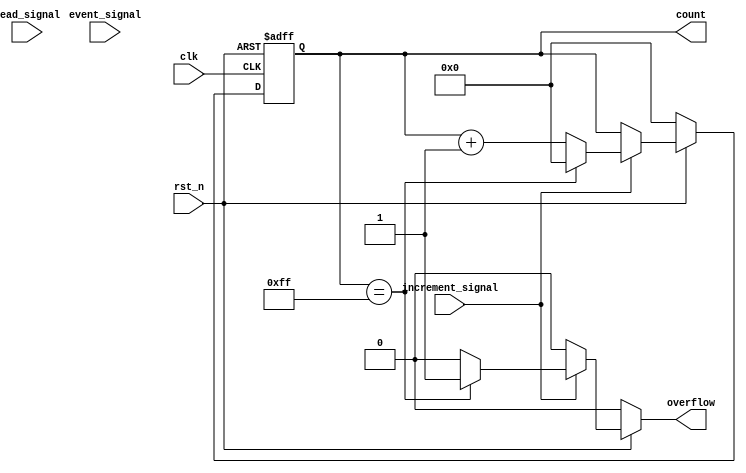
module event_counter #(
    parameter WIDTH = 8 // Parameter for count width
)(
    input wire clk,             // Clock signal
    input wire rst_n,           // Asynchronous active-low reset
    input wire event_signal,     // Event signal to trigger count increment
    input wire increment_signal, // Control signal to increment the count
    input wire read_signal,      // Control signal to read the count
    output reg [WIDTH-1:0] count, // Current count value
    output reg overflow          // Overflow indicator
);

    // Internal signal to store the next count value
    reg [WIDTH-1:0] next_count;

    // Asynchronous reset and count increment logic
    always @(*) begin
        if (!rst_n) begin
            next_count = 0; // Reset count
            overflow = 0;   // Clear overflow
        end else if (increment_signal) begin
            if (count == {WIDTH{1'b1}}) begin // Check for overflow
                next_count = 0; // Wrap around to zero
                overflow = 1;   // Set overflow flag
            end else begin
                next_count = count + 1; // Increment count
                overflow = 0; // Clear overflow
            end
        end else begin
            next_count = count; // Hold current count
            overflow = 0; // Clear overflow
        end
    end

    // Synchronous operation on clock edge
    always @(posedge clk or negedge rst_n) begin
        if (!rst_n) begin
            count <= 0; // Reset count on reset
        end else begin
            count <= next_count; // Update count on clock edge
        end
    end

endmodule